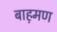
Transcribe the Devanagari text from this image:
बाह़मण